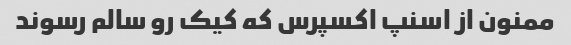
ممنون از اسنپ اکسپرس که کیک رو سالم رسوند